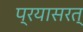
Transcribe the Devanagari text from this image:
प्रयासरत्